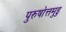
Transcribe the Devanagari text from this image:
पुरुषोत्तमुडु